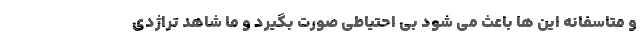
و متاسفانه این ها باعث می شود بی احتیاطی صورت بگیرد و ما شاهد تراژدی